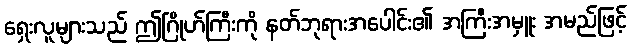
ရှေးလူများသည် ဤဂြိုဟ်ကြီးကို နတ်ဘုရားအပေါင်း၏ အကြီးအမှူး အမည်ဖြင့်